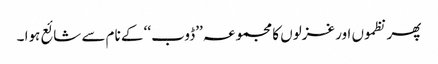
پھر نظموں اور غزلوں کا مجموعہ ’’ڈوب ‘‘ کے نام سے شائع ہوا ۔